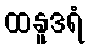
ထနူဒရံ